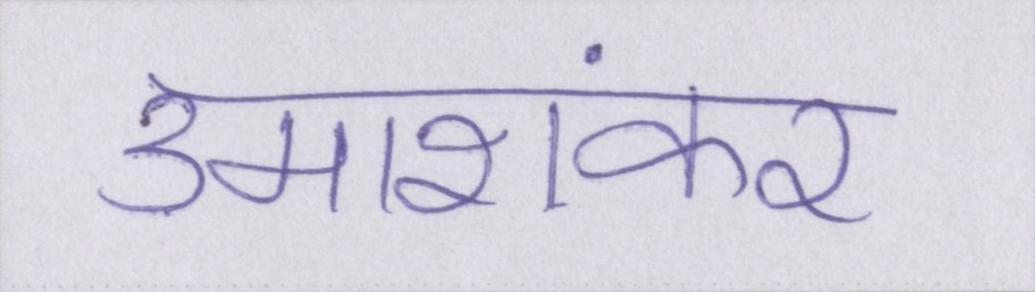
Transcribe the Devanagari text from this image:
उमाशंकर